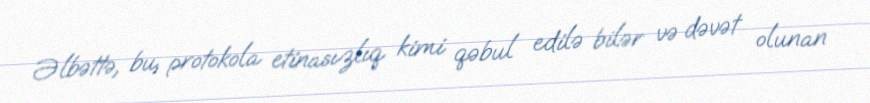
Əlbəttə, bu, protokola etinasızlıq kimi qəbul edilə bilər və dəvət olunan